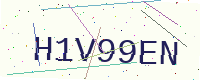
Text: H1V99EN